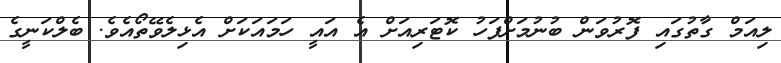
ލިއަމް ގާތުގައި ފޮރުވަން ބުނުމަށްފަހު ކޮޓަރިއަށް އެ އައީ ހަމައަކަށް އެޅިލެވޭތޯއެވެ. ބެލްކަނީގެ